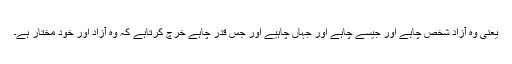
یعنی وہ آزاد شخص چاہے اور جیسے چاہے اور جہاں چاہیے اور جس قدر چاہے خرچ کرتاہے کہ وہ آزاد اور خود مختار ہے۔